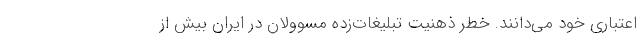
اعتباری خود می‌دانند. خطر ذهنیت تبلیغات‌زده مسوولان در ایران بیش از